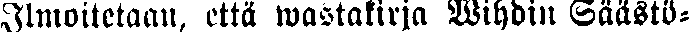
Ilmoitetaan, että wastakirja Wihdin Säästö-